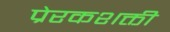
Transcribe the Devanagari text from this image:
प्रेरकशक्ती